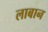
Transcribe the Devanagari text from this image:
लाबान